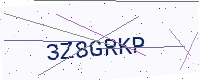
Text: 3Z8GRKP